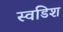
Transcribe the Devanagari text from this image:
स्वडिश